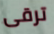
ترقى